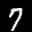
Label: 7